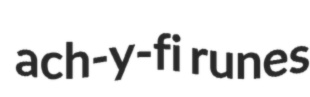
ach-y-fi runes